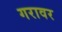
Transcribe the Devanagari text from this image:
गरावर